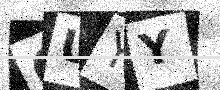
Text: 6UYY